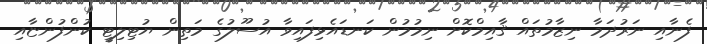
ފެނާއި ނަރުދަމާ ނިޒާމުތައް ޤާއިމްކޮށް ނިމުމުން ކަނޑައެޅިފައިވާ އުސޫލުގެ މަތިން ޔުޓިލިޓީ ކުންފުންޏާއި